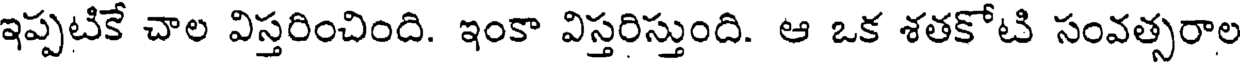
ఇప్పటికే చాల విస్తరించింది. ఇంకా విస్తరిస్తుంది. ఆ ఒక శతకోటి సంవత్సరాల